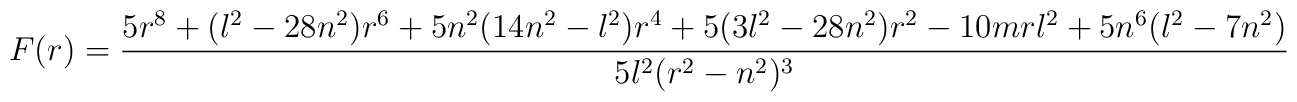
F(r)={5r^8+(l^2-28n^2)r^6+5n^2(14n^2-l^2)r^4+5(3l^2-28n^2)r^2-10mrl^2+5n^6(l^2-7    n^2)    \over    5l^2(r^2-n^2)^3}